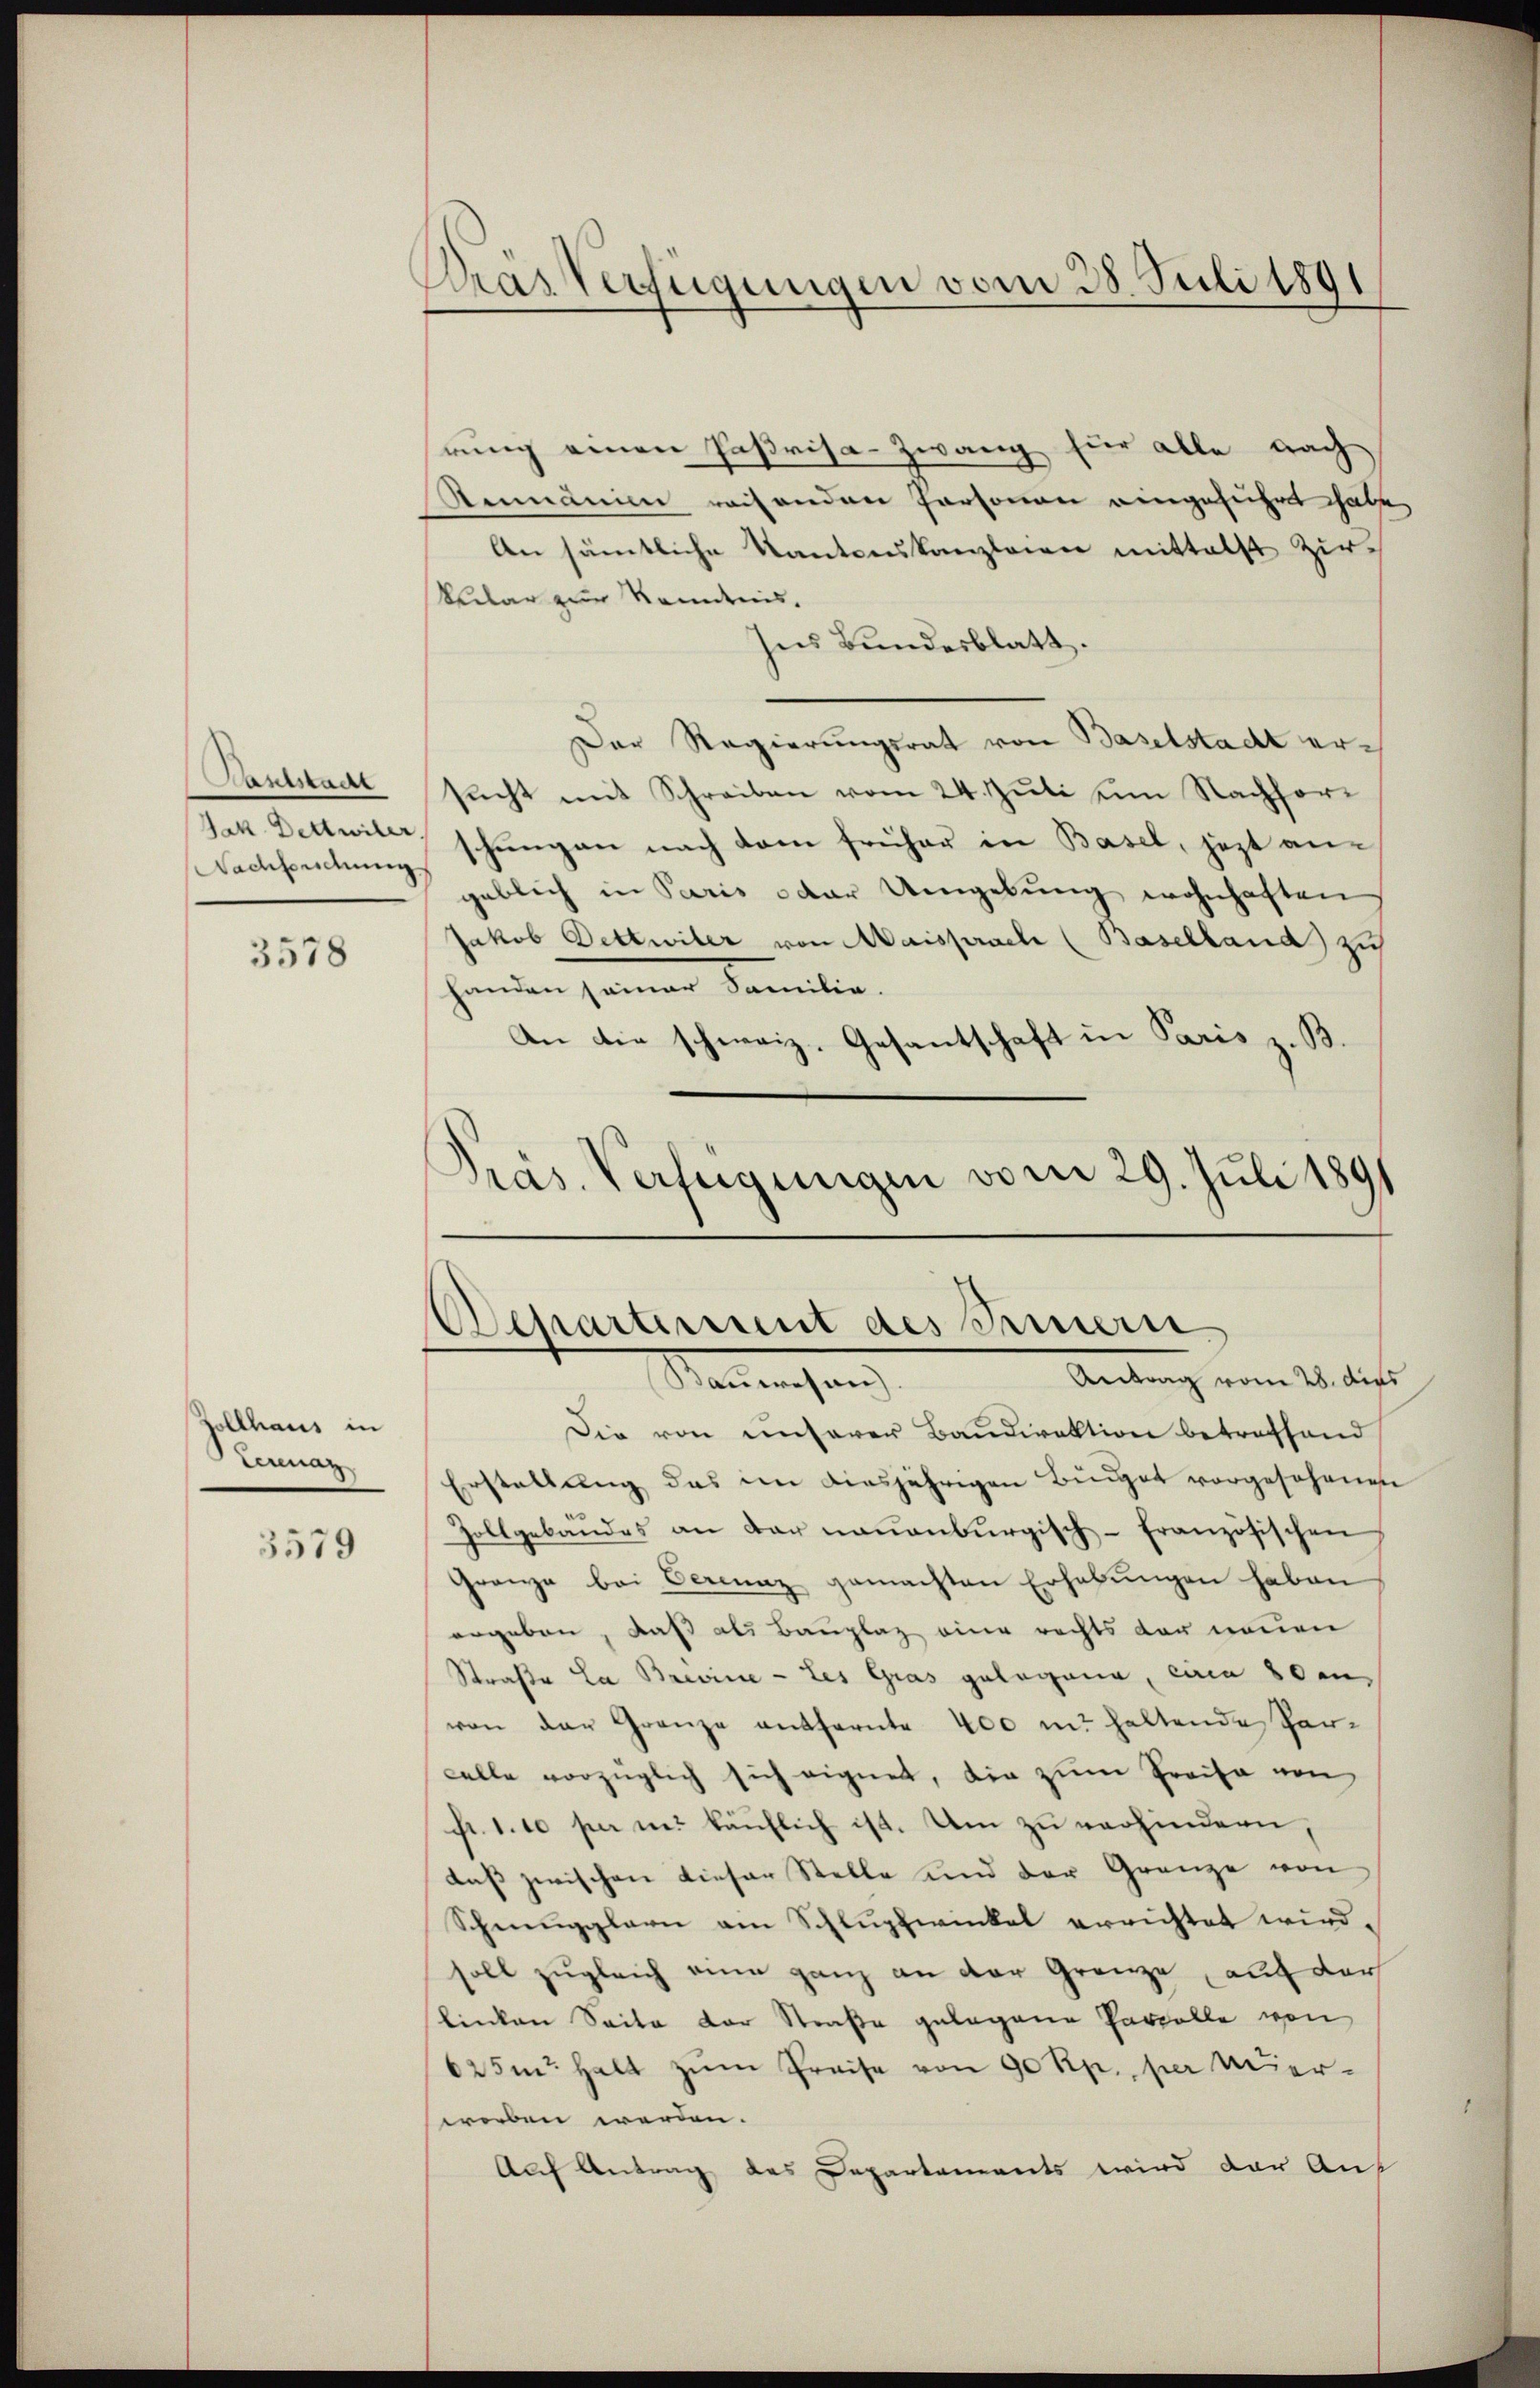
Santstadt
Nachleidung

3578

Zollhaus in
Lerenaz

3579

Pras Verfügungen vom 28. Juli 1891

Präs. Verfügungen vom 29. Juli 1891
Dessartement des Brinern
Antrag vom 28. dies

rung einen Paßrisa-Zwang für alle nach
Rumänien reisenden Personen eingeführt habe,
An sämtliche Kantonskanzleien mittelst Zir¬
Veilar zur Randnis.
ses Bundesblatt.
Der Regierungsrat von Baselstadt ersucht mit Schreiben vom 24. Juli um Nachhorjekt Dettwill, schungen nach dem früher in Basel, jezt angeblich in Paris oder Umgebŭng wohnhaften
Jakob Dettwiler von Maisprach (Baselland zu
handen seiner Familie.
An die schweiz. Gesantschaft in Paris z. B.
Mantenhang
Die von unserer Baudirektion betreffend
Erstellung das in diesjährigen Bürger vorgesehenen
Zollgebäudes an der neuenburgisch-französischen
Granze bei Verenz gemachten Erhebungen haben
ergeben, daß als Bauplaz eine rechts der neuen
Straße La Brevine - Les Gras gelegend, eine 80 an,
von der Grenze entfernte 400 m haltende Parcelle vorzüglich sich eignet, die zum Preise von
fr. 1. 10 per in käuflich ist. Um zu verhindern,
daß zwischen dieser Stelle und der Grenze von
Schmugglern am Schlupfwinkel errichtet wird.
soll zugleich eine ganz an der Grenze, auf der
linken Seite der Straße gelegene Parzelle von
625m Halt zŭm Preise von 90 Rp. per verworben werden.
Auf Antrag des Departaments wird der Auf